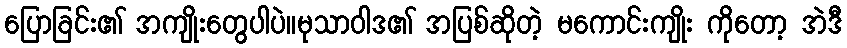
ပြောခြင်း၏ အကျိုးတွေပါပဲ။မုသာဝါဒ၏ အပြစ်ဆိုတဲ့ မကောင်းကျိုး ကိုတော့ အဲဒီ